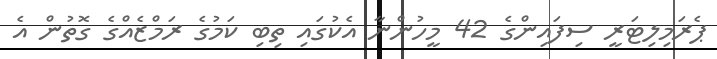
ޕެރަމިލިޓަރީ ސިފައިންގެ 42 މީހުންނާ އެކުގައި ތިބި ކަމުގެ ރަމްޒެއްގެ ގޮތުން އެ